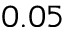
0 . 0 5